Report on enteric fever
Disease focus: Fever
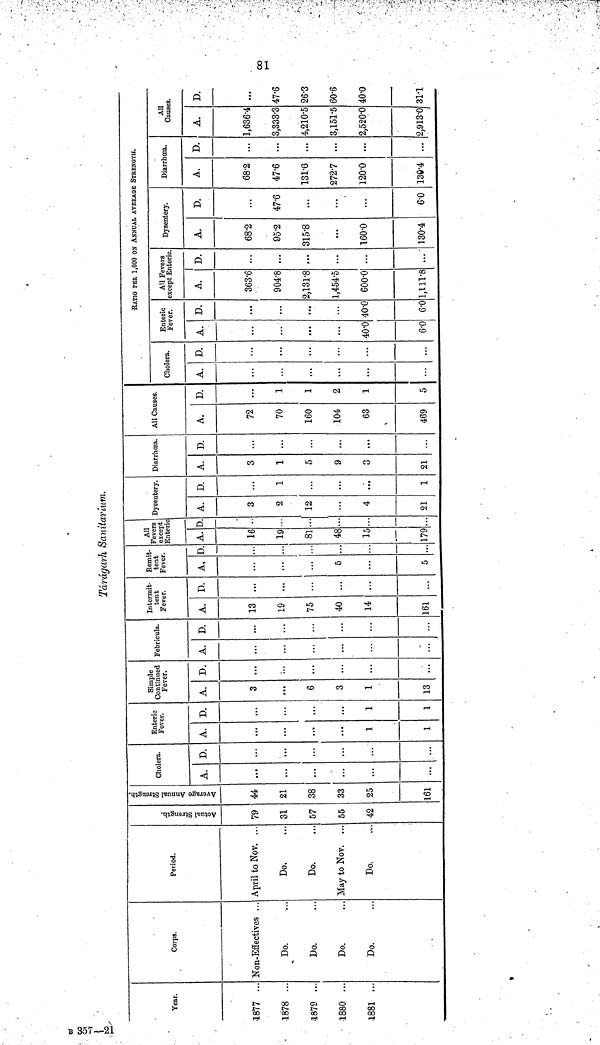
81
Tárágarh Sanitarium.
Year.
1877 ...
1878 ...
1879 ...
1880 ...
1881 ...
Corps.
Non-Effectives ...
Do.
Do.
Do.
Do.
Period.
April to Nov. ...
Do.
Do.
May to Nov. ...
Do.
Actual Strength.
79
31
57
55
42
Average Annual Strength.
44
21
38
33
25
161
Cholera.
A.
...
...
D.
...
Enteric
Fever.
A.
1
1
D.
1
1
Simple
Continued
Fever.
A.
3
6
3
1
13
D.
...
...
...
...
Febricula.
A.
...
...
D.
...
...
Intermit-
tent
Fever.
A.
13
19
75
40
14
161
D.
...
Remit-
tent
Fever.
A,
5
5
D.
...
All
Fevers
except
Enteric
A.
16
19
81
48
15
179
D.
..
...
Dysentery.
A.
3
2
12
...
4
21
D.
1
...
...
...
1
Diarrhœa.
A.
3
1
5
9
3
21
D.
...
...
...
...
...
All Causes.
A.
72
70
160
104
63
469
D.
1
1
2
1
5
RATIO PER 1,000 ON ANNUAL AVERAGE STRENGTH.
Cholera.
A.
...
D.
...
...
Enteric
Fever.
A.
40.0
6.0
D.
40.0
6.0
All Fevers
except Enteric
A.
363.6
904.8
2,131.8
1,454.5
600.0
1,111.8
D.
...
...
...
...
...
Dysentery.
A.
68.2
95.2
315.8
...
160.0
130.4
D.
47.6
...
...
...
6.0
Diarrhœa.
A.
68.2
47.6
131.6
272.7
120.0
130.4
D.
...
...
...
...
...
All
Causes.
A.
1,636.4
3,333.3
4,210.5
3,151.5
2,520.0
2,913.0
D.
47.6
26.3
60.6
40.0
31.1
B 357-21